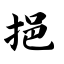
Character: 挹